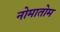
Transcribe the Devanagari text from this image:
नोमातोम